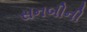
સનબીની